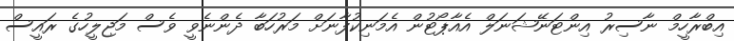
އިބްރާހީމް ނާސިރު އިންޓަނޭޝަނަލް އެއާޕޯޓުން އެމަނިކުފާނަށް މަރުހަބާ ދެންނެވީ ވެސް މަޖިލީހުގެ ރައީސް